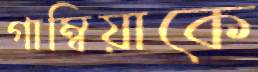
গাম্বিয়াকে